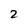
Character: 2